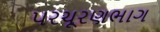
પરચૂરણભાગ